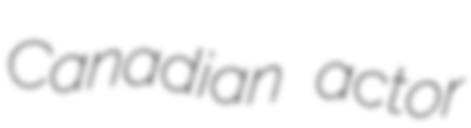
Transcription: Canadian actor